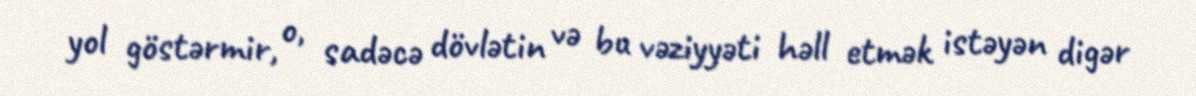
yol göstərmir, o, sadəcə dövlətin və bu vəziyyəti həll etmək istəyən digər